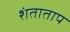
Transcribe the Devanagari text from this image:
शंताताप